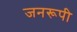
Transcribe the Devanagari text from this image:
जनरूपी